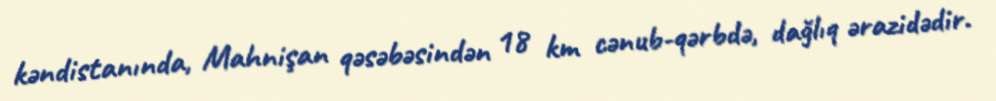
kəndistanında, Mahnişan qəsəbəsindən 18 km cənub-qərbdə, dağlıq ərazidədir.